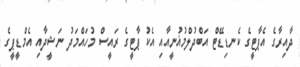
ދާއިރާގެ އެޕާޓީގެ ކެނޑިޑޭޓް އަބްދުލްމުޣުނީއާއި އެކު ޕާޓީގެ ރައީސް މުހައްމަދު ނަޝީދާއި އެމްޑީީޕީގެ